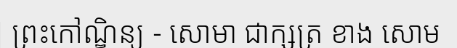
ព្រះកៅណ្ឌិន្យ - សោមា ជាក្សត្រ ខាង សោម